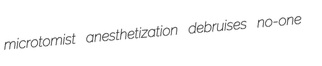
microtomist anesthetization debruises no-one